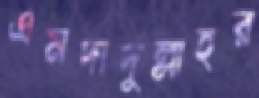
এমদাদুল্লাহর